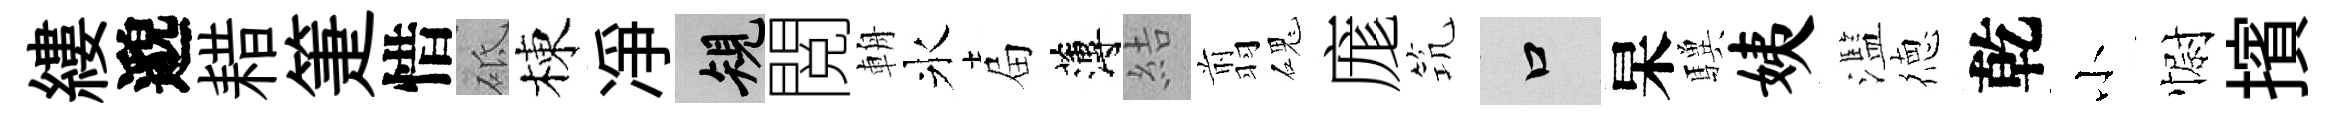
縷邈耤箑惜砥棟凈規閲輈氷屇薄結翦磈庬𥬑口杲驥姨濫徳乾小𢠢擯